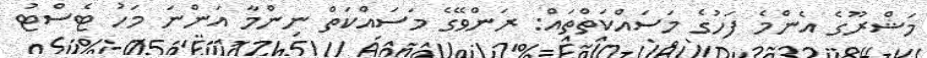
މަޝްރޫގެ އެންމެ ފަހުގެ މަސައްކަތްތައް: ރަންވޭގެ މަސައްކަތް ނިންމާ އަންނަ މަހު ޓެސްޓު